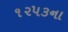
૧૨૫૩ના